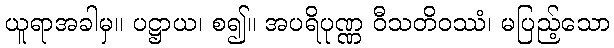
ယူရာအခါမှ။ ပဋ္ဌာယ၊ စ၍။ အပရိပုဏ္ဏ ဝီသတိဝဿံ၊ မပြည့်သော